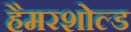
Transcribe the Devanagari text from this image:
हैमरशोल्ड